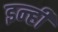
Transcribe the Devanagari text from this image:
इन्‍ही